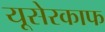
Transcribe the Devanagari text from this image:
यूसेरकाफ